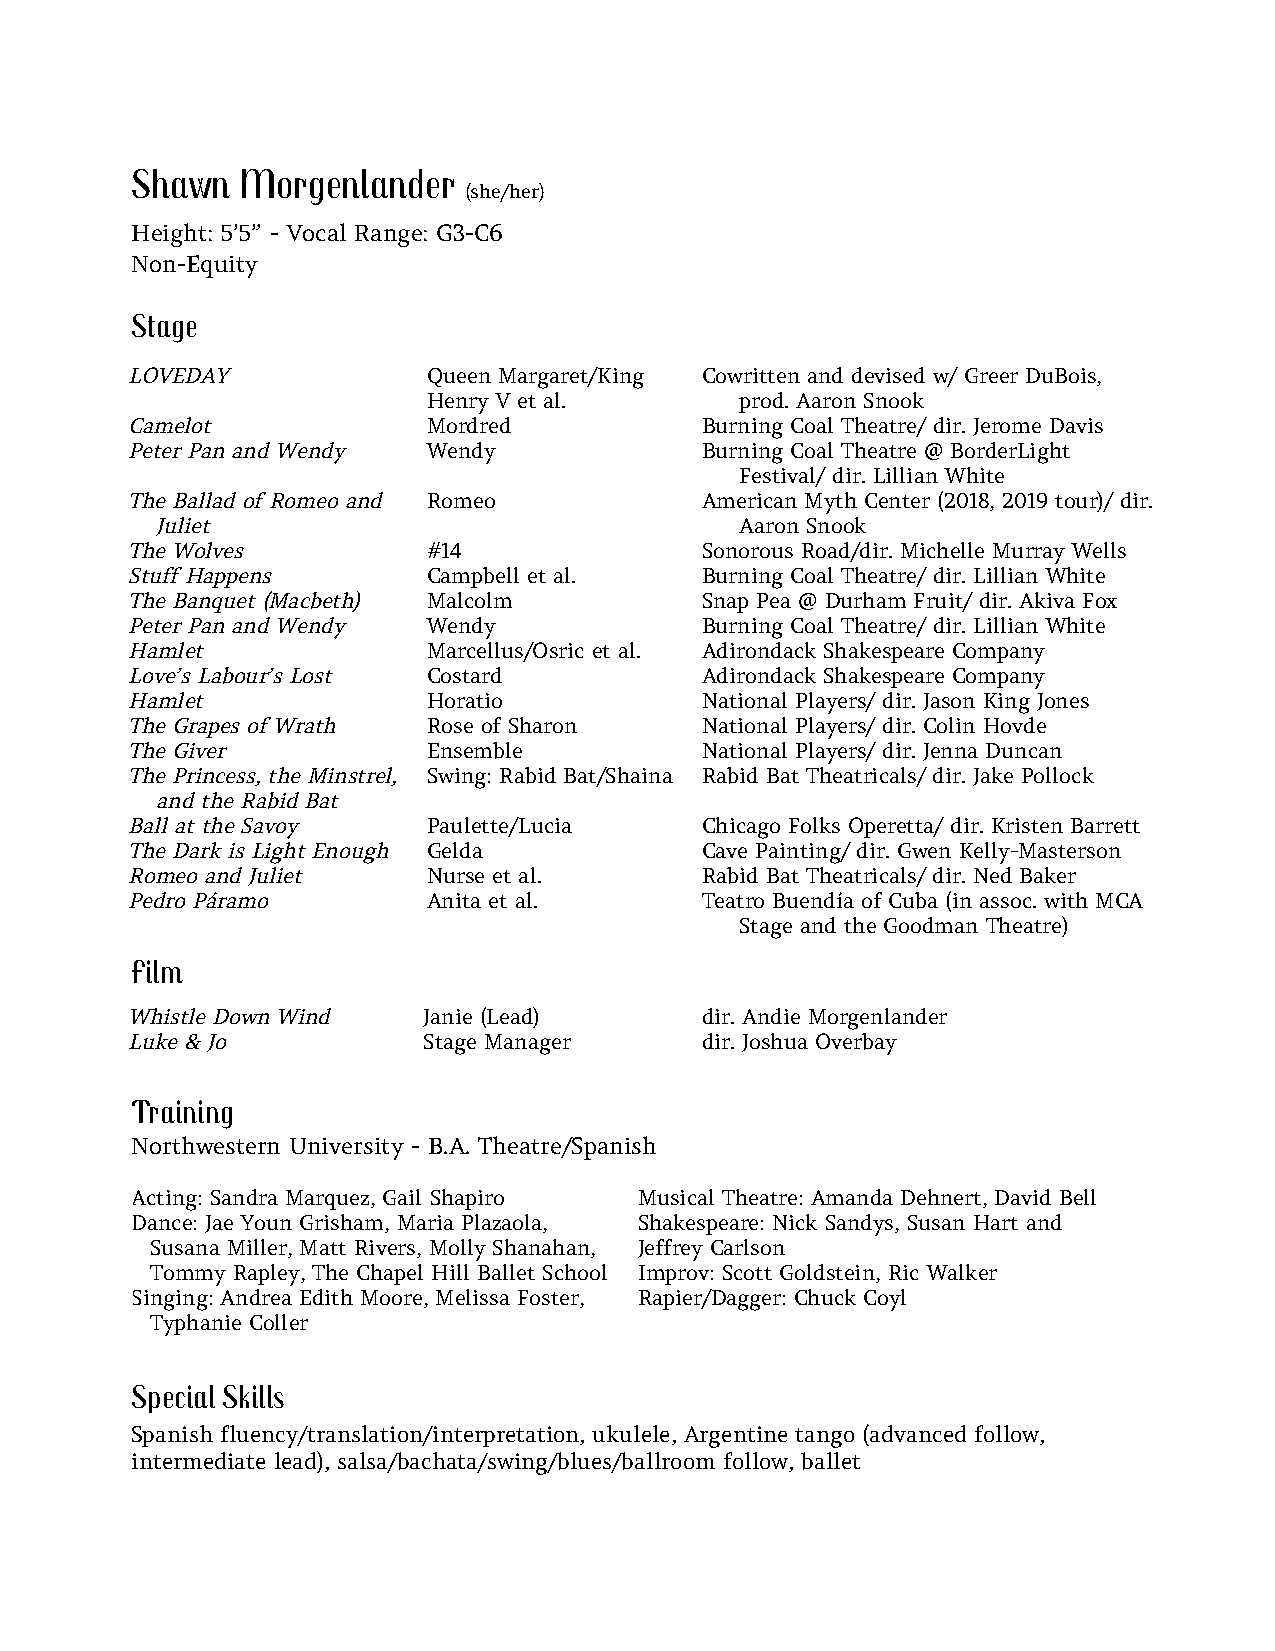
Shawn  Morgenlander
 (she/her)
 Height: 5’5” - Vocal Range: G3-C6
 Non-Equity
 Stage
 LOVEDAY             Queen Margaret/King Cowritten and devised w/ Greer DuBois,
 Henry V et al.       prod. Aaron Snook
 Camelot             Mordred           Burning Coal Theatre/ dir. Jerome Davis
 Peter Pan and Wendy Wendy             Burning Coal Theatre @ BorderLight
 Festival/ dir. Lillian White
 The Ballad of Romeo and Romeo         American Myth Center (2018, 2019 tour)/ dir.
 Juliet                                 Aaron Snook
 The Wolves          #14               Sonorous Road/dir. Michelle Murray Wells
 Stuff Happens       Campbell et al.   Burning Coal Theatre/ dir. Lillian White
 The Banquet (Macbeth) Malcolm         Snap Pea @ Durham Fruit/ dir. Akiva Fox
 Peter Pan and Wendy Wendy             Burning Coal Theatre/ dir. Lillian White
 Hamlet              Marcellus/Osric et al. Adirondack Shakespeare Company
 Love’s Labour’s Lost Costard          Adirondack Shakespeare Company
 Hamlet              Horatio           National Players/ dir. Jason King Jones
 The Grapes of Wrath Rose of Sharon    National Players/ dir. Colin Hovde
 The Giver           Ensemble          National Players/ dir. Jenna Duncan
 The Princess, the Minstrel, Swing: Rabid Bat/Shaina Rabid Bat Theatricals/ dir. Jake Pollock
 and the Rabid Bat
 Ball at the Savoy   Paulette/Lucia    Chicago Folks Operetta/ dir. Kristen Barrett
 The Dark is Light Enough Gelda        Cave Painting/ dir. Gwen Kelly-Masterson
 Romeo and Juliet    Nurse et al.      Rabid Bat Theatricals/ dir. Ned Baker
 Pedro Páramo        Anita et al.      Teatro Buendía of Cuba (in assoc. with MCA
 Stage and the Goodman Theatre)
 Film
 Whistle Down Wind   Janie (Lead)      dir. Andie Morgenlander
 Luke & Jo           Stage Manager     dir. Joshua Overbay
 Training
 Northwestern University - B.A. Theatre/Spanish
 Acting: Sandra Marquez, Gail Shapiro Musical Theatre: Amanda Dehnert, David Bell
 Dance: Jae Youn Grisham, Maria Plazaola, Shakespeare: Nick Sandys, Susan Hart and
 Susana Miller, Matt Rivers, Molly Shanahan, Jeffrey Carlson
 Tommy Rapley, The Chapel Hill Ballet School Improv: Scott Goldstein, Ric Walker
 Singing: Andrea Edith Moore, Melissa Foster, Rapier/Dagger: Chuck Coyl
 Typhanie Coller
 Special Skills
 Spanish fluency/translation/interpretation, ukulele, Argentine tango (advanced follow,
 intermediate lead), salsa/bachata/swing/blues/ballroom follow, ballet